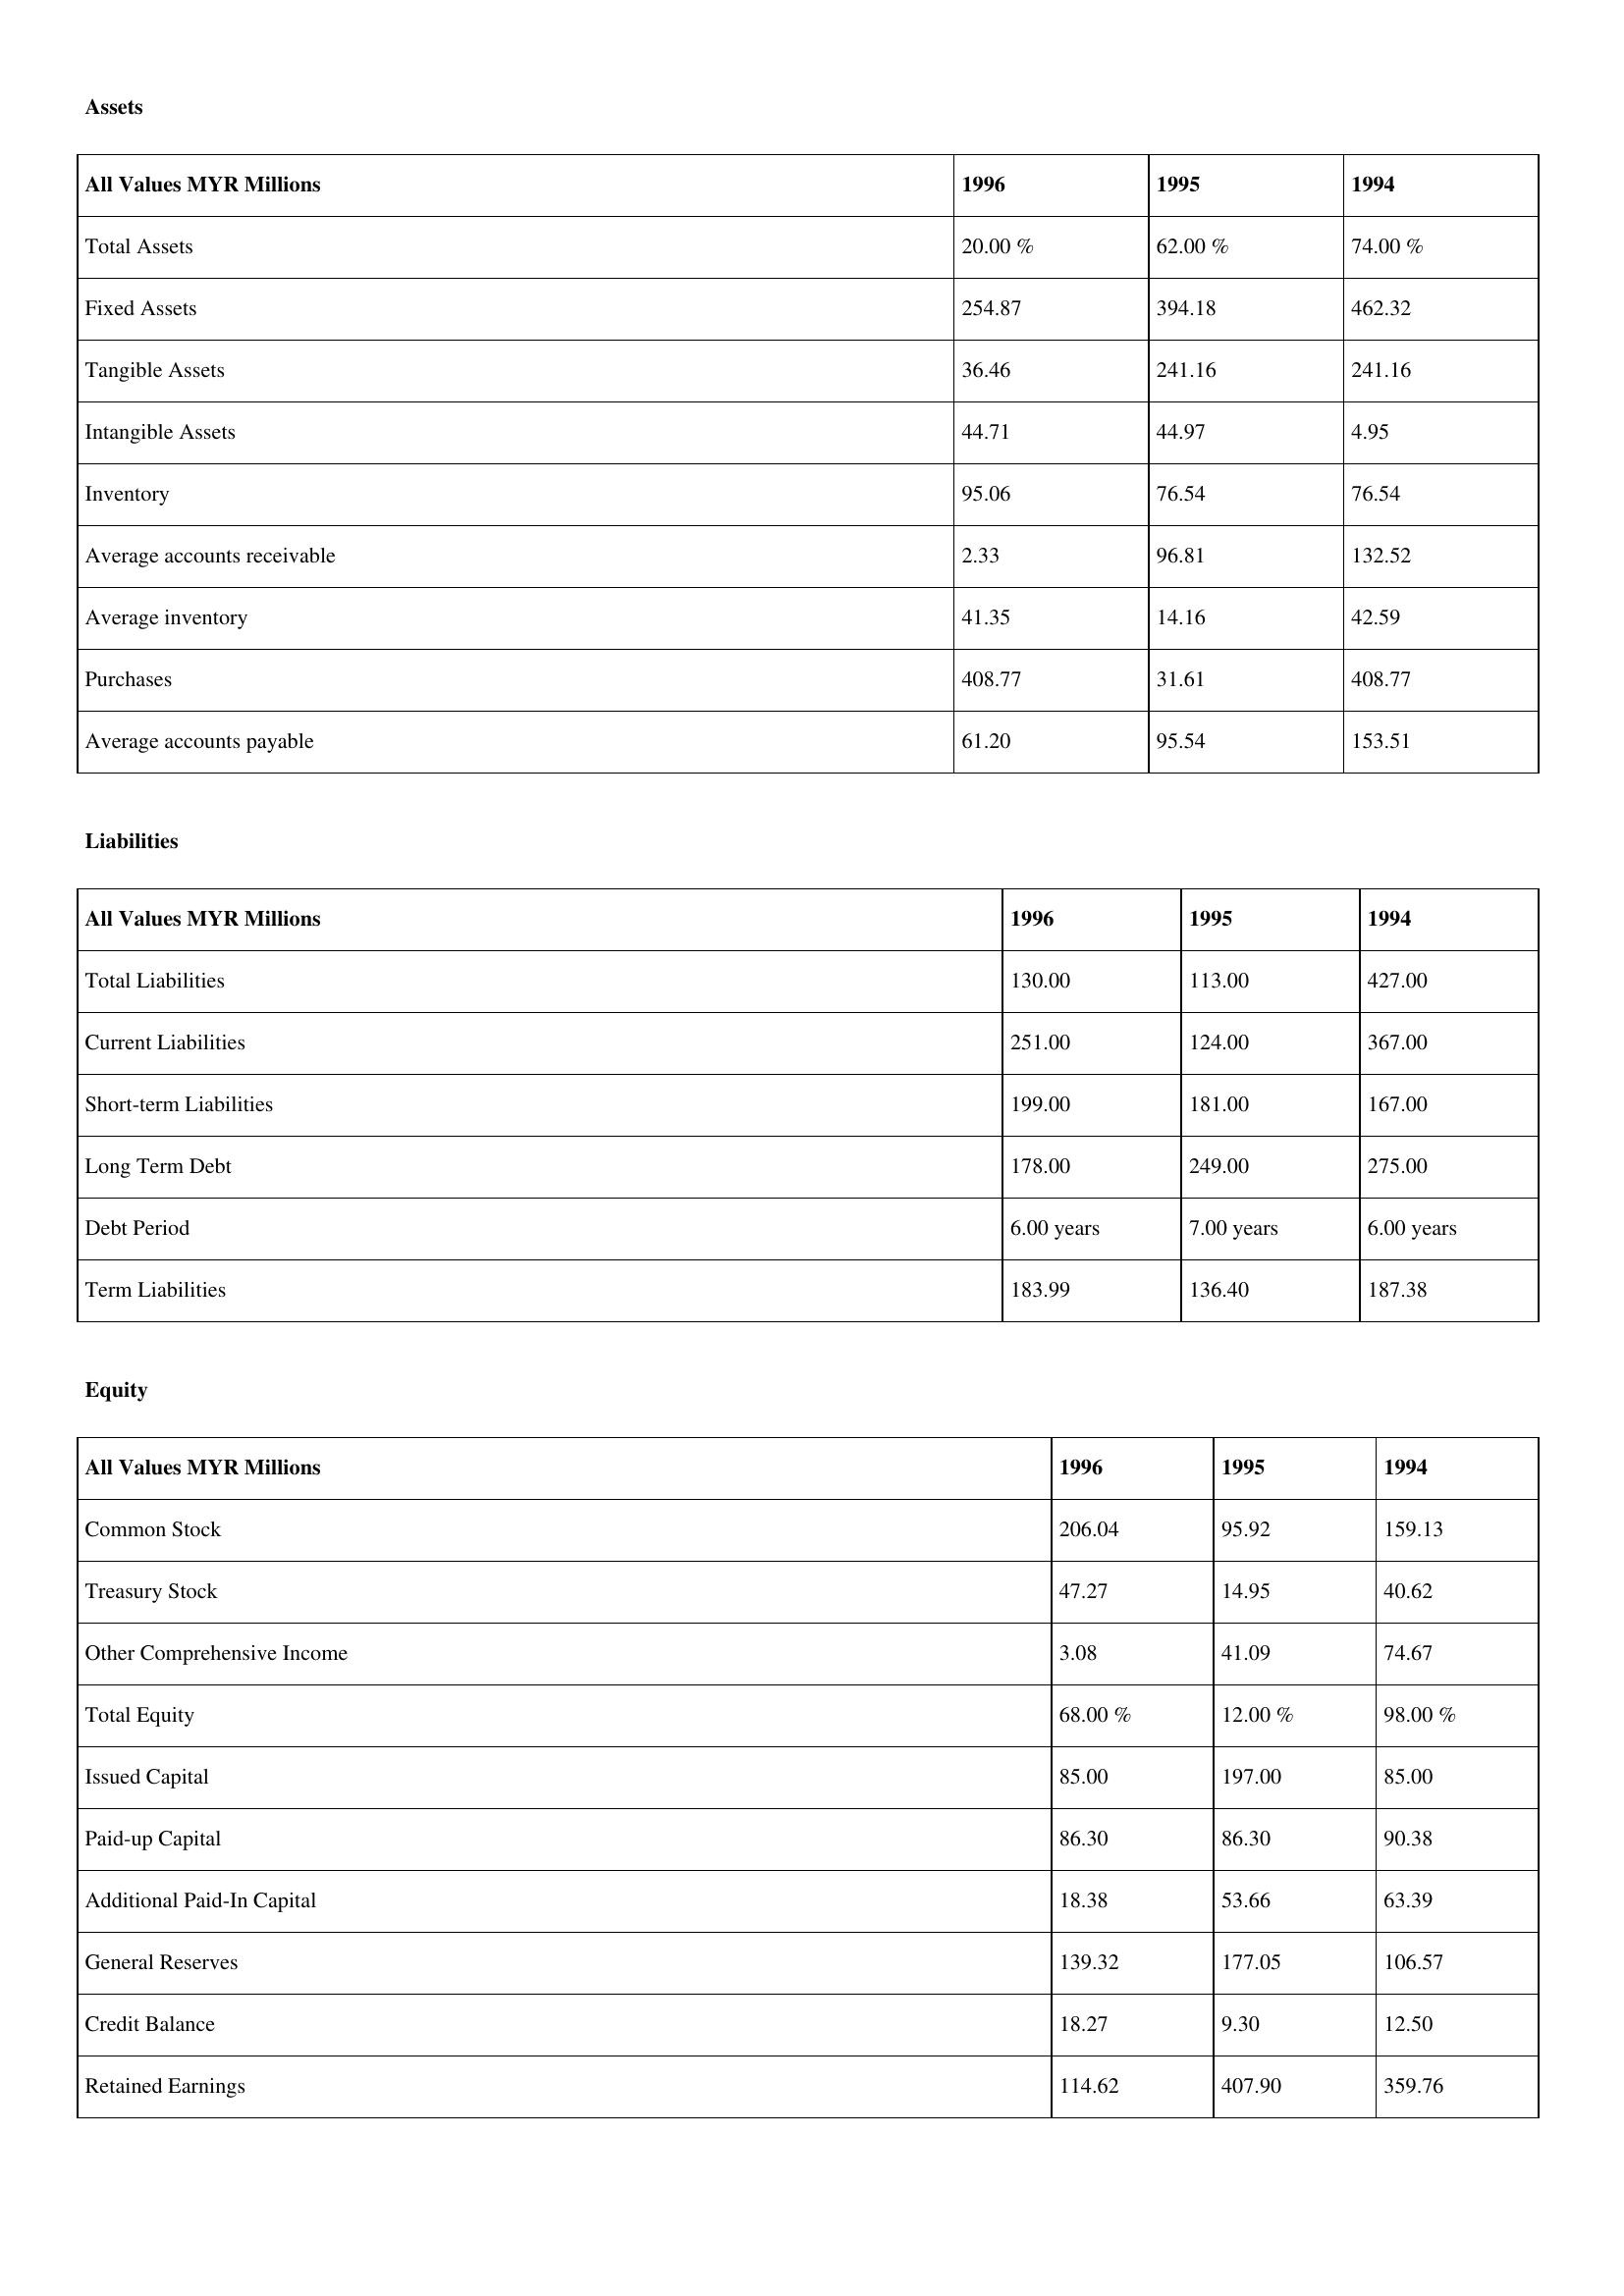
gt_parse: 1996: Assets: Total Assets: 20.00 %
Fixed Assets: 254.87
Tangible Assets: 36.46
Intangible Assets: 44.71
Inventory: 95.06
Average accounts receivable: 2.33
Average inventory: 41.35
Purchases: 408.77
Average accounts payable: 61.20
Liabilities: Total Liabilities: 130.00
Current Liabilities: 251.00
Short-term Liabilities: 199.00
Long Term Debt: 178.00
Debt Period: 6.00 years
Term Liabilities: 183.99
Equity: Common Stock: 206.04
Treasury Stock: 47.27
Other Comprehensive Income: 3.08
Total Equity: 68.00 %
Issued Capital: 85.00
Paid-up Capital: 86.30
Additional Paid-In Capital: 18.38
General Reserves: 139.32
Credit Balance: 18.27
Retained Earnings: 114.62
1995: Assets: Total Assets: 62.00 %
Fixed Assets: 394.18
Tangible Assets: 241.16
Intangible Assets: 44.97
Inventory: 76.54
Average accounts receivable: 96.81
Average inventory: 14.16
Purchases: 31.61
Average accounts payable: 95.54
Liabilities: Total Liabilities: 113.00
Current Liabilities: 124.00
Short-term Liabilities: 181.00
Long Term Debt: 249.00
Debt Period: 7.00 years
Term Liabilities: 136.40
Equity: Common Stock: 95.92
Treasury Stock: 14.95
Other Comprehensive Income: 41.09
Total Equity: 12.00 %
Issued Capital: 197.00
Paid-up Capital: 86.30
Additional Paid-In Capital: 53.66
General Reserves: 177.05
Credit Balance: 9.30
Retained Earnings: 407.90
1994: Assets: Total Assets: 74.00 %
Fixed Assets: 462.32
Tangible Assets: 241.16
Intangible Assets: 4.95
Inventory: 76.54
Average accounts receivable: 132.52
Average inventory: 42.59
Purchases: 408.77
Average accounts payable: 153.51
Liabilities: Total Liabilities: 427.00
Current Liabilities: 367.00
Short-term Liabilities: 167.00
Long Term Debt: 275.00
Debt Period: 6.00 years
Term Liabilities: 187.38
Equity: Common Stock: 159.13
Treasury Stock: 40.62
Other Comprehensive Income: 74.67
Total Equity: 98.00 %
Issued Capital: 85.00
Paid-up Capital: 90.38
Additional Paid-In Capital: 63.39
General Reserves: 106.57
Credit Balance: 12.50
Retained Earnings: 359.76